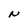
Character: N